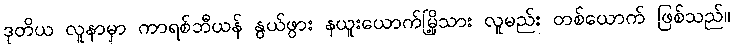
ဒုတိယ လူနာမှာ ကာရစ်ဘီယန် နွယ်ဖွား နယူးယောက်မြို့သား လူမည်း တစ်ယောက် ဖြစ်သည်။